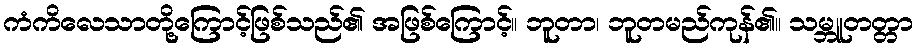
ကံကိလေသာတို့ကြောင့်ဖြစ်သည်၏ အဖြစ်ကြောင့်။ ဘူတာ၊ ဘူတမည်ကုန်၏။ သမ္ဘူတတ္တာ